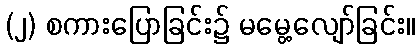
(၂) စကားပြောခြင်း၌ မမွေ့လျော်ခြင်း။